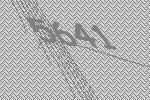
5641